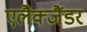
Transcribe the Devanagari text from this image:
एलैक्जैंडर